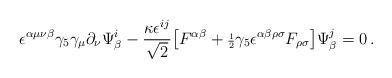
LaTeX: \begin{align*}\epsilon^{\alpha\mu\nu\beta}\gamma_5\gamma_\mu \partial_\nu \Psi^i_\beta- {\kappa \epsilon^{ij} \over {\sqrt 2}} \big[F^{\alpha\beta} + {\scriptstyle{1\over 2}}\gamma_5\epsilon^{\alpha\beta\rho\sigma} F_{\rho\sigma} \big]\Psi^j_\beta = 0 \,.\end{align*}